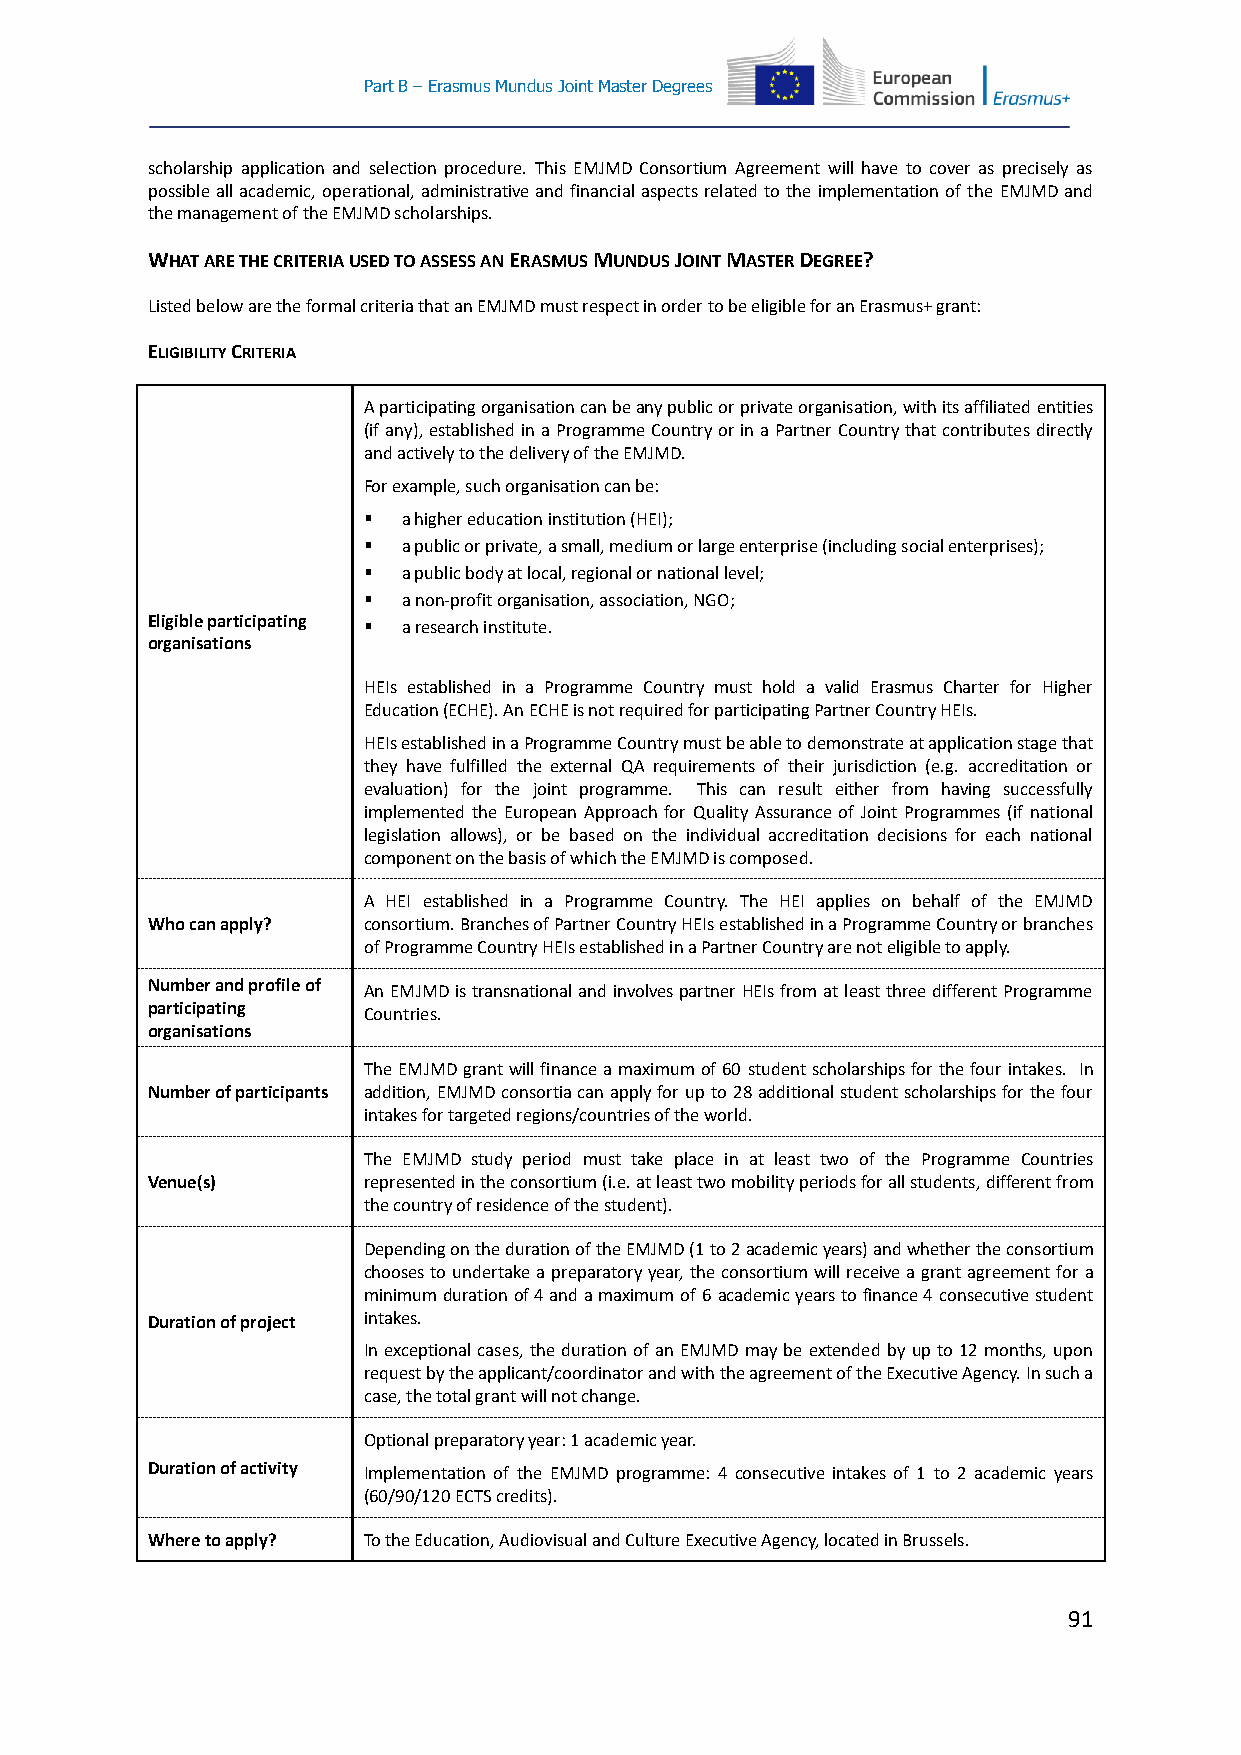
Part B – Erasmus Mundus Joint Master Degrees
 scholarship application and selection procedure. This EMJMD Consortium Agreement will have to cover as precisely as
 possible all academic, operational, administrative and financial aspects related to the implementation of the EMJMD and
 the management of the EMJMD scholarships.
 WHAT ARE THE CRITERIA USED TO ASSESS AN ERASMUS MUNDUS JOINT MASTER DEGREE?
 Listed below are the formal criteria that an EMJMD must respect in order to be eligible for an Erasmus+ grant:
 ELIGIBILITY CRITERIA
 A participating organisation can be any public or private organisation, with its affiliated entities
 (if any), established in a Programme Country or in a Partner Country that contributes directly
 and actively to the delivery of the EMJMD.
 For example, such organisation can be:
   a higher education institution (HEI);
   a public or private, a small, medium or large enterprise (including social enterprises);
   a public body at local, regional or national level;
   a non-profit organisation, association, NGO;
 Eligible participating  a research institute.
 organisations
 HEIs established in a Programme Country must hold a valid Erasmus Charter for Higher
 Education (ECHE). An ECHE is not required for participating Partner Country HEIs.
 HEIs established in a Programme Country must be able to demonstrate at application stage that
 they have fulfilled the external QA requirements of their jurisdiction (e.g. accreditation or
 evaluation) for the joint programme. This can result either from having successfully
 implemented the European Approach for Quality Assurance of Joint Programmes (if national
 legislation allows), or be based on the individual accreditation decisions for each national
 component on the basis of which the EMJMD is composed.
 A HEI established in a Programme Country. The HEI applies on behalf of the EMJMD
 Who can apply? consortium. Branches of Partner Country HEIs established in a Programme Country or branches
 of Programme Country HEIs established in a Partner Country are not eligible to apply.
 Number and profile of An EMJMD is transnational and involves partner HEIs from at least three different Programme
 participating Countries.
 organisations
 The EMJMD grant will finance a maximum of 60 student scholarships for the four intakes. In
 Number of participants addition, EMJMD consortia can apply for up to 28 additional student scholarships for the four
 intakes for targeted regions/countries of the world.
 The EMJMD study period must take place in at least two of the Programme Countries
 Venue(s)      represented in the consortium (i.e. at least two mobility periods for all students, different from
 the country of residence of the student).
 Depending on the duration of the EMJMD (1 to 2 academic years) and whether the consortium
 chooses to undertake a preparatory year, the consortium will receive a grant agreement for a
 minimum duration of 4 and a maximum of 6 academic years to finance 4 consecutive student
 Duration of project intakes.
 In exceptional cases, the duration of an EMJMD may be extended by up to 12 months, upon
 request by the applicant/coordinator and with the agreement of the Executive Agency. In such a
 case, the total grant will not change.
 Optional preparatory year: 1 academic year.
 Duration of activity Implementation of the EMJMD programme: 4 consecutive intakes of 1 to 2 academic years
 (60/90/120 ECTS credits).
 Where to apply? To the Education, Audiovisual and Culture Executive Agency, located in Brussels.
 91